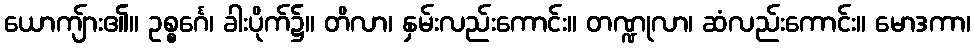
ယောကျ်ား၏။ ဥစ္စင်္ဂေ၊ ခါးပိုက်၌။ တိလာ၊ နှမ်းလည်းကောင်း။ တဏ္ဍုလာ၊ ဆံလည်းကောင်း။ မောဒကာ၊